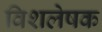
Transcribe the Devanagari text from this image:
विशलेषक